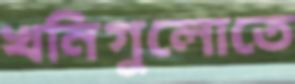
খনিগুলোতে